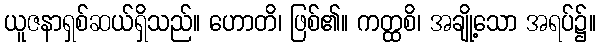
ယူဇနာရှစ်ဆယ်ရှိသည်။ ဟောတိ၊ ဖြစ်၏။ ကတ္ထစိ၊ အချို့သော အရပ်၌။